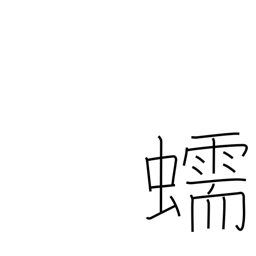
Meaning: crawling of a worm